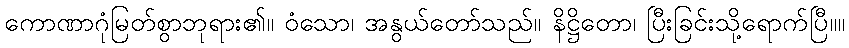
ကောဏာဂုံမြတ်စွာဘုရား၏။ ဝံသော၊ အနွယ်တော်သည်။ နိဋ္ဌိတော၊ ပြီးခြင်းသို့ရောက်ပြီ။။